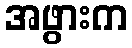
အဖွားက